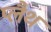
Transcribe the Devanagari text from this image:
प्लैथ